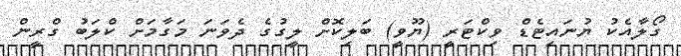
ގޯލާއެކު ޔުނައިޓެޑް ވިކްޓަރީ (ޔޫވީ) ބަލިކޮށް ލީގުގެ ދެވަނަ މަގާމަށް ކްލަބު ގްރީން